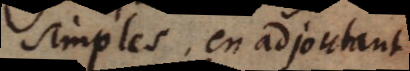
simples, en adjoutant